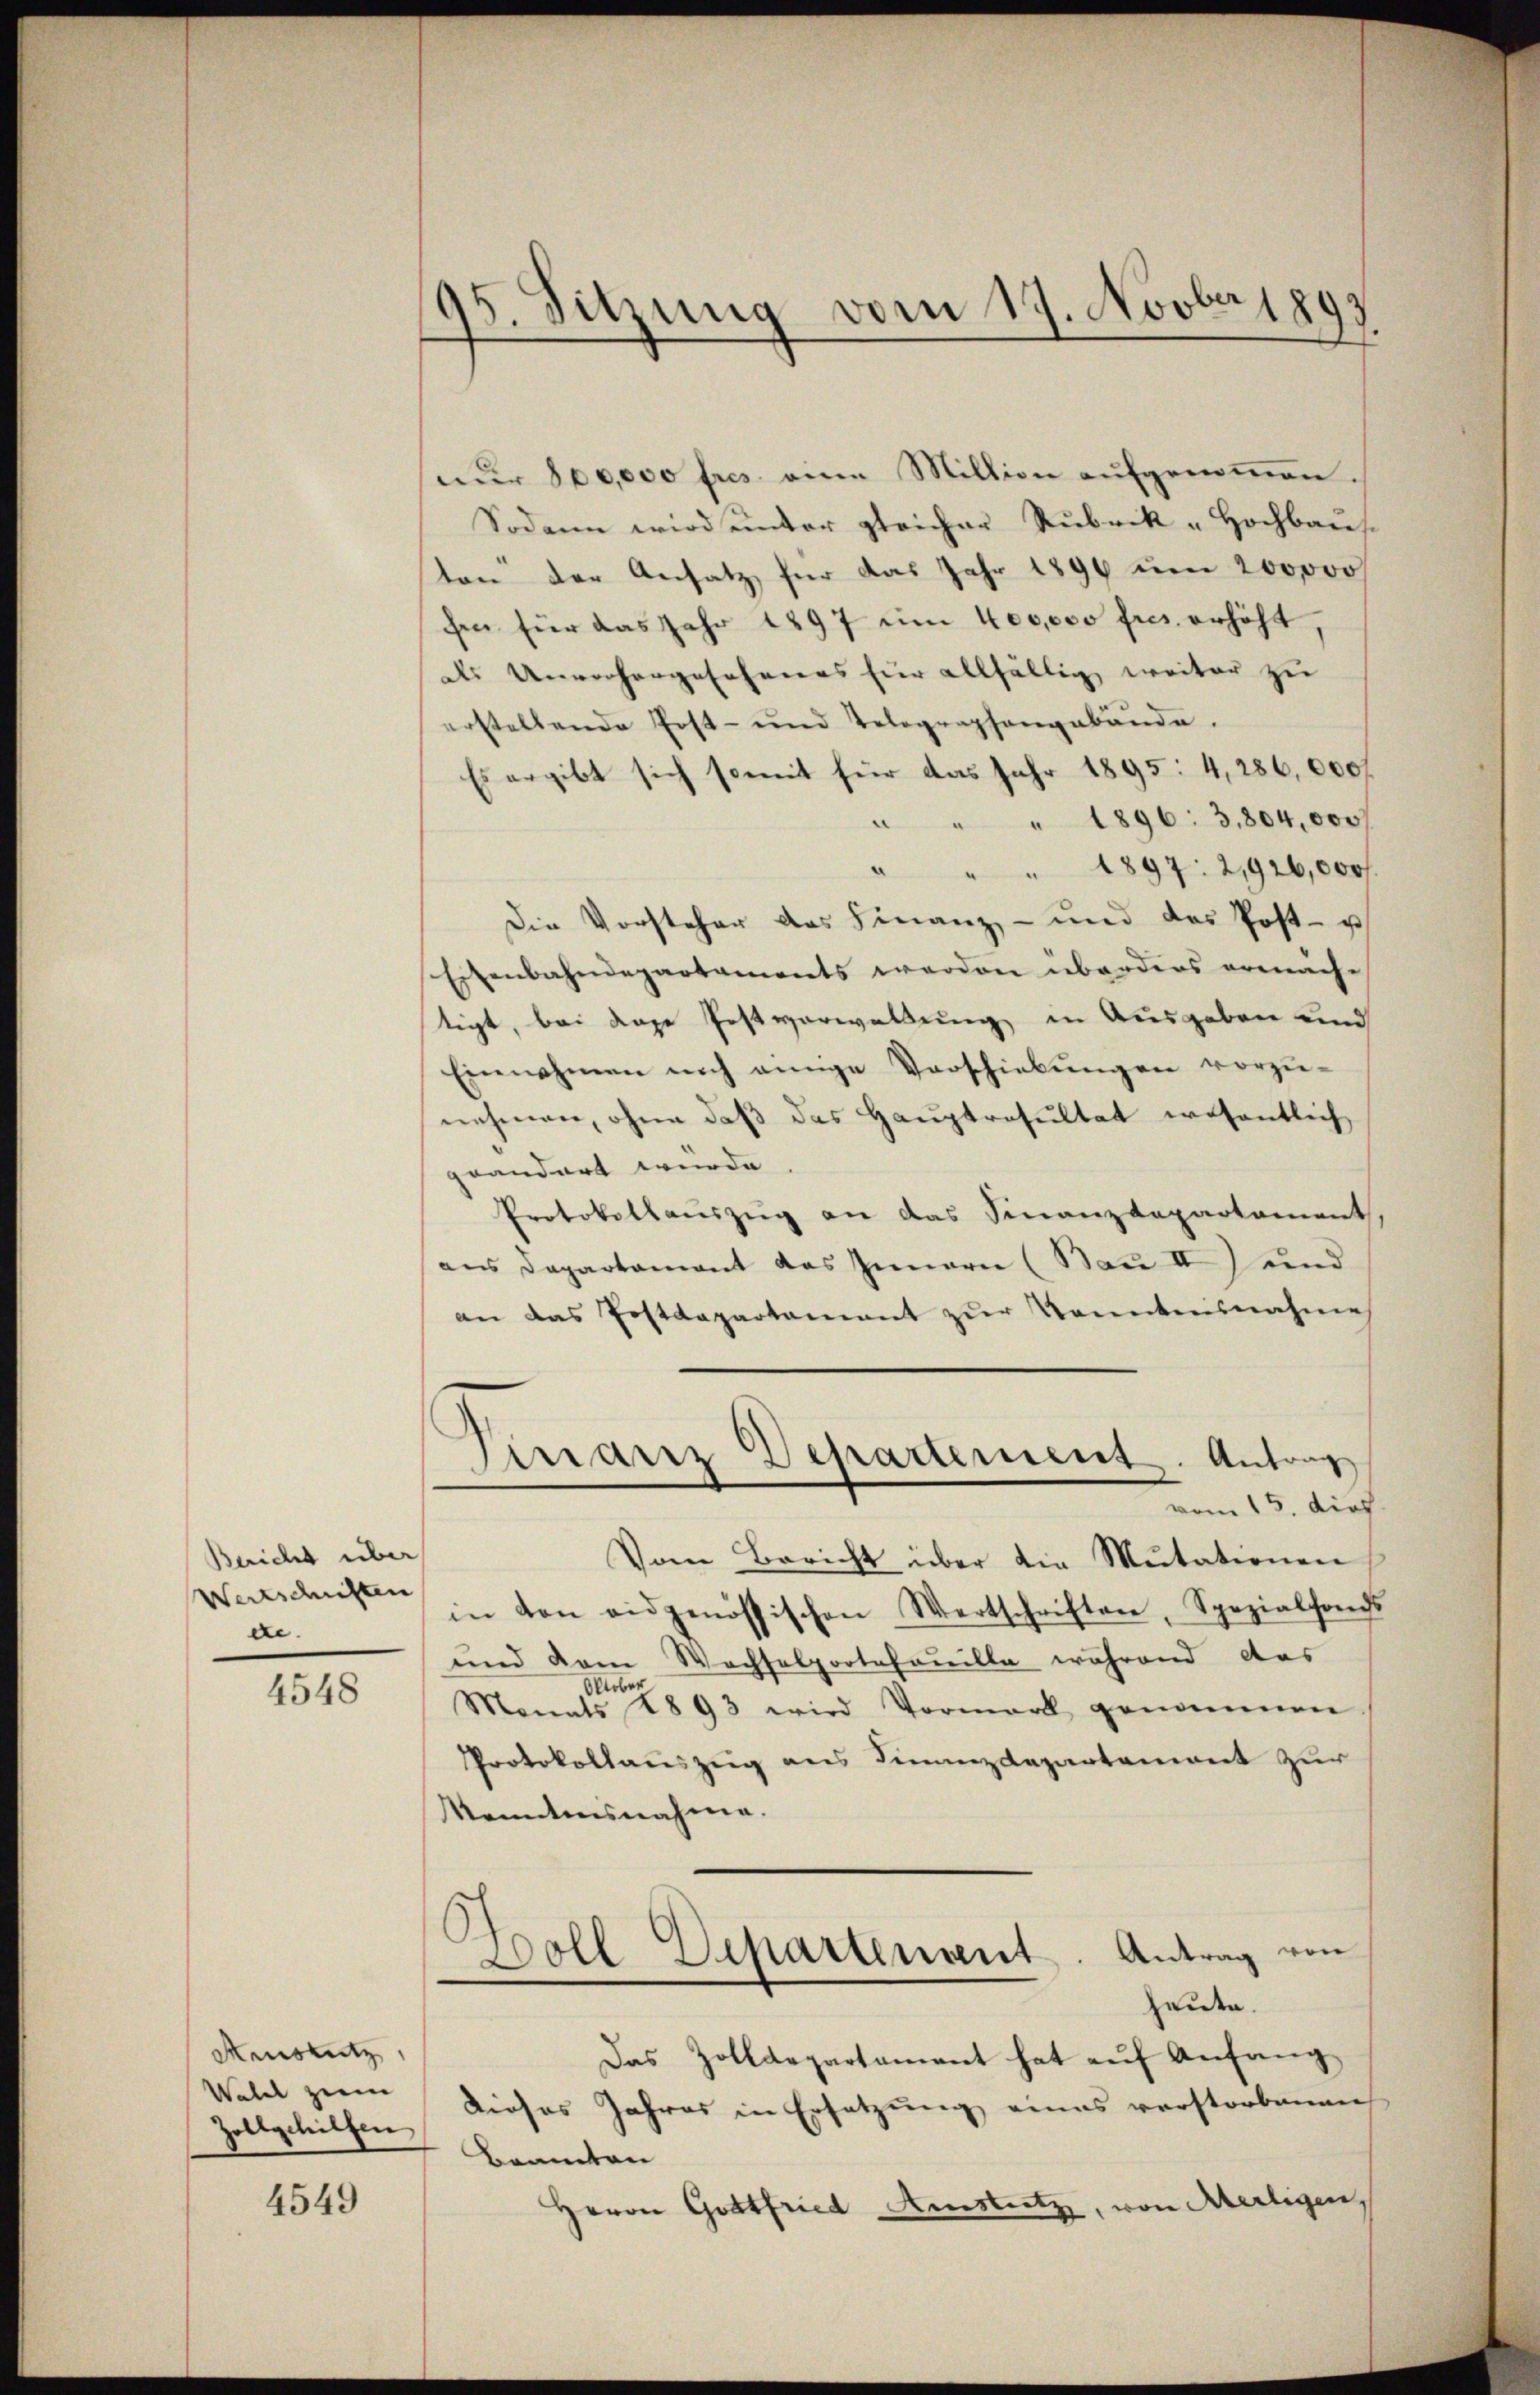
Bericht über
Wertschriften
ce.

4548

Aenstutz
Watel zum

4549

95. Sitzung vom 17. Novber 1893

nur 800,000 fres eine Million aufgenommen.
Sodann wird unter gleicher Rubrik „Hochbaus
ten der Ansatz für das Jahr 1896 um 200000
hen für das Jahr 1897 um 400,000 fres erhöht,
des Unvorhergesehenes für allfällig weiter zu
erstellende Post- und Telegraphengebäŭde.
Es ergibt sich somit für das Jahr 1895: 4,286,000f
" " " 1896: 3,804,000 f
" " " 1897 : 2,926,000
Die Vorsteher das Finanz- und das Post- u
Eisenbahndepartaments werden überders ermäche
tigt, bei Lage Festverwaltung in Ausgaben und
Einnahmen auch einige Verschiebungen vorzu-
nehmen, ohne daß das Hauptresultat wesentlich
grandert wurde.
Protokollauszug an das Finanzdepartement,
aus Departament das Innern (Bau II) und
an das Postdepartament zur Kenntnisnahme
Finanz Departement. Antrag
vom 15. dies
Vom Bericht über die Mutationen
in von eidgenössischen Wertschriften, Spezialfocht
und dem Wechselportefouille, während das
Oktober
Monats 1893 wird Vormerk genommen
Protokollauszug aus Finanzdepartement zur
Kanntensnahme.
Woll Departenant. Antrag von
heute.
Das Zolldepartament hat auf Anfang
Zollgehelfen. Dieses Jahres in Ersetzung eines verstorbenen
Beamten
Herrn Gottfried Anstitz, von Mertigen,